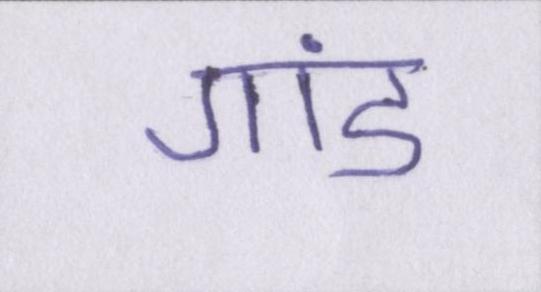
गांड